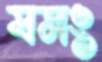
যমং